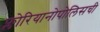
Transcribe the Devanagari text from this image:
फ्लोरियानोपोलिसची